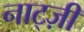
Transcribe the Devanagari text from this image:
नाट्ज़ी